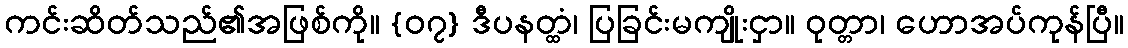
ကင်းဆိတ်သည်၏အဖြစ်ကို။ {၀၇} ဒီပနတ္ထံ၊ ပြခြင်းမကျိုးငှာ။ ဝုတ္တာ၊ ဟောအပ်ကုန်ပြီ။